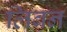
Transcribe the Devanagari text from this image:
लिबन